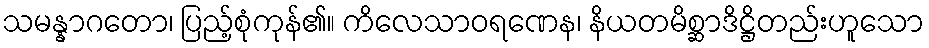
သမန္နာဂတော၊ ပြည့်စုံကုန်၏။ ကိလေသာဝရဏေန၊ နိယတမိစ္ဆာဒိဋ္ဌိတည်းဟူသော